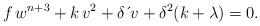
LaTeX: \begin{align*}f\,w^{n+3}+k\,v^{2}+\delta \,\acute{}\,v+\delta^{2}(k+\lambda)=0. \end{align*}